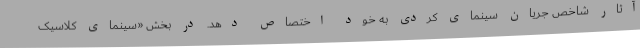
آثار شاخص جریان سینمای کُردی به خود اختصاص دهد. در بخش «سینمای کلاسیک